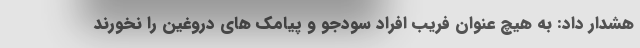
هشدار داد: به هیچ عنوان فریب افراد سودجو و پیامک های دروغین را نخورند